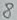
Text: 8